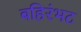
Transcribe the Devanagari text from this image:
बहिरंभट